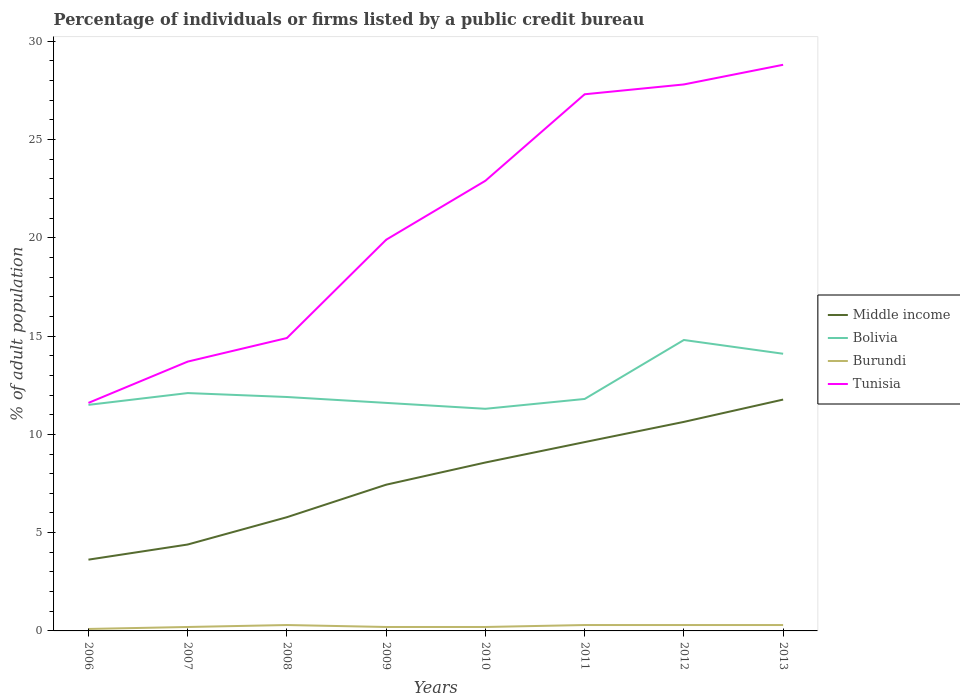
| Years | Middle income | Bolivia | Burundi | Tunisia |
 | --- | --- | --- | --- | --- |
 | 2006 | 3.63 | 11.5 | 0.1 | 11.6 |
 | 2007 | 4.4 | 12.1 | 0.2 | 13.7 |
 | 2008 | 5.79 | 11.9 | 0.3 | 14.9 |
 | 2009 | 7.44 | 11.6 | 0.2 | 19.9 |
 | 2010 | 8.57 | 11.3 | 0.2 | 22.9 |
 | 2011 | 9.61 | 11.8 | 0.3 | 27.3 |
 | 2012 | 10.6 | 14.8 | 0.3 | 27.8 |
 | 2013 | 11.8 | 14.1 | 0.3 | 28.8 |